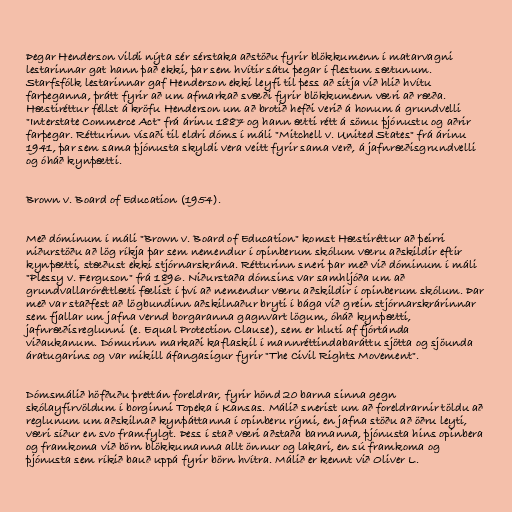
Þegar Henderson vildi nýta sér sérstaka aðstöðu fyrir blökkumenn í matarvagni
lestarinnar gat hann það ekki, þar sem hvítir sátu þegar í flestum sætunum.
Starfsfólk lestarinnar gaf Henderson ekki leyfi til þess að sitja við hlið hvítu
farþeganna, þrátt fyrir að um afmarkað svæði fyrir blökkumenn væri að ræða.
Hæstiréttur féllst á kröfu Henderson um að brotið hefði verið á honum á grundvelli
"Interstate Commerce Act" frá árinu 1887 og hann ætti rétt á sömu þjónustu og aðrir
farþegar. Rétturinn vísaði til eldri dóms í máli "Mitchell v. United States" frá árinu
1941, þar sem sama þjónusta skyldi vera veitt fyrir sama verð, á jafnræðisgrundvelli
og óháð kynþætti.

Brown v. Board of Education (1954).

Með dóminum í máli "Brown v. Board of Education" komst Hæstiréttur að þeirri
niðurstöðu að lög ríkja þar sem nemendur í opinberum skólum væru aðskildir eftir
kynþætti, stæðust ekki stjórnarskrána. Rétturinn sneri þar með við dóminum í máli
"Plessy v. Ferguson" frá 1896. Niðurstaða dómsins var samhljóða um að
grundvallaróréttlæti fælist í því að nemendur væru aðskildir í opinberum skólum. Þar
með var staðfest að lögbundinn aðskilnaður bryti í bága við grein stjórnarskrárinnar
sem fjallar um jafna vernd borgaranna gagnvart lögum, óháð kynþætti,
jafnræðisreglunni (e. Equal Protection Clause), sem er hluti af fjórtánda
viðaukanum. Dómurinn markaði kaflaskil í mannréttindabaráttu sjötta og sjöunda
áratugarins og var mikill áfangasigur fyrir "The Civil Rights Movement".

Dómsmálið höfðuðu þrettán foreldrar, fyrir hönd 20 barna sinna gegn
skólayfirvöldum í borginni Topeka í Kansas. Málið snerist um að foreldrarnir töldu að
reglunum um aðskilnað kynþáttanna í opinberu rými, en jafna stöðu að öðru leyti,
væri síður en svo framfylgt. Þess í stað væri aðstaða barnanna, þjónusta hins opinbera
og framkoma við börn blökkumanna allt önnur og lakari, en sú framkoma og
þjónusta sem ríkið bauð uppá fyrir börn hvítra. Málið er kennt við Oliver L.